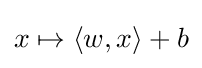
x\mapsto \langle w,x\rangle +b